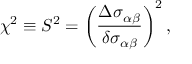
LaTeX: \chi ^ { 2 } \equiv { \cal S } ^ { 2 } = \left( \frac { \Delta \sigma _ { \alpha \beta } } { \delta \sigma _ { \alpha \beta } } \right) ^ { 2 } ,